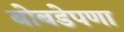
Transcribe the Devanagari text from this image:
बोबडेपणा